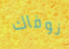
نوفاك